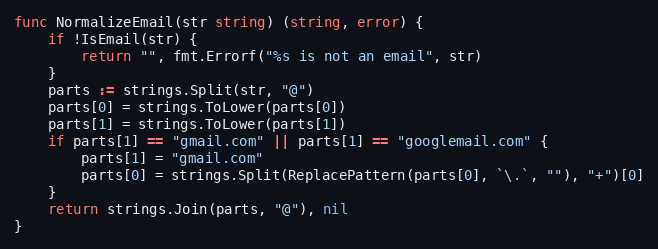
Language: Go
func NormalizeEmail(str string) (string, error) {
	if !IsEmail(str) {
		return "", fmt.Errorf("%s is not an email", str)
	}
	parts := strings.Split(str, "@")
	parts[0] = strings.ToLower(parts[0])
	parts[1] = strings.ToLower(parts[1])
	if parts[1] == "gmail.com" || parts[1] == "googlemail.com" {
		parts[1] = "gmail.com"
		parts[0] = strings.Split(ReplacePattern(parts[0], `\.`, ""), "+")[0]
	}
	return strings.Join(parts, "@"), nil
}